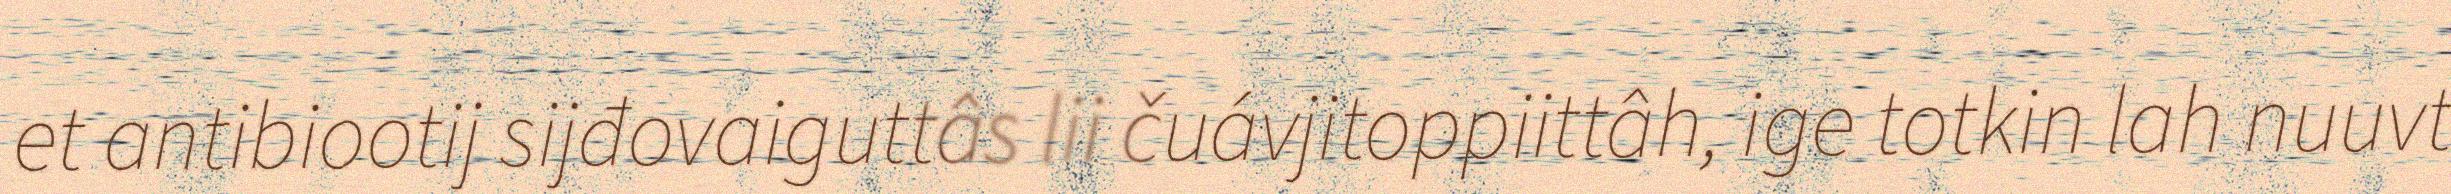
et antibiootij sijđovaiguttâs lii čuávjitoppiittâh, ige totkin lah nuuvt